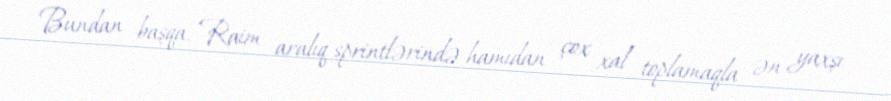
Bundan başqa, Raim aralıq sprintlərində hamıdan çox xal toplamaqla ən yaxşı